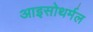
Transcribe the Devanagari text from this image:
आइसोथर्मल